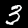
Digit: 3